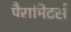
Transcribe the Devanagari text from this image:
पैरामिटर्स